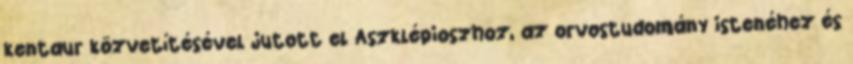
kentaur közvetítésével jutott el Aszklépioszhoz, az orvostudomány istenéhez és